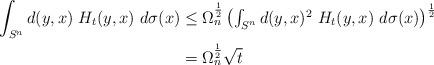
LaTeX: \begin{align*}\int_{S^n}d(y,x)~H_t(y,x)~d\sigma(x)&\leq \Omega_n^{\frac 12}\begin{pmatrix}\int_{S^n}d(y,x)^2~H_t(y,x)~d\sigma(x)\end{pmatrix}^{\frac 12}\\&=\Omega_n^{\frac 12} \sqrt t\end{align*}